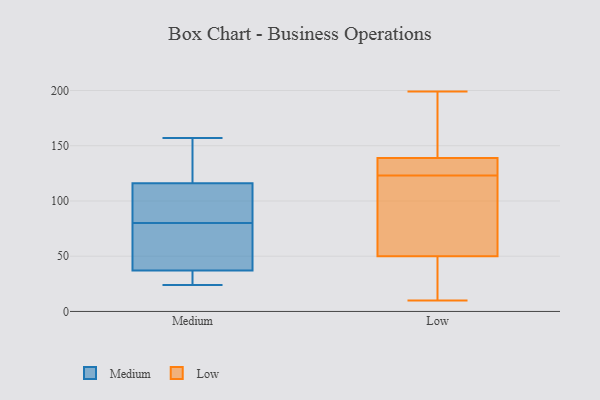
{"axis": {"x": "Inventory Turnover", "y": "Value"}, "legend": ["Low", "Medium"], "data": [{"x": "", "y": 72, "type": "Medium"}, {"x": "", "y": 116, "type": "Medium"}, {"x": "", "y": 157, "type": "Medium"}, {"x": "", "y": 107, "type": "Medium"}, {"x": "", "y": 59, "type": "Medium"}, {"x": "", "y": 34, "type": "Medium"}, {"x": "", "y": 88, "type": "Medium"}, {"x": "", "y": 129, "type": "Medium"}, {"x": "", "y": 24, "type": "Medium"}, {"x": "", "y": 37, "type": "Medium"}, {"x": "", "y": 130, "type": "Low"}, {"x": "", "y": 50, "type": "Low"}, {"x": "", "y": 162, "type": "Low"}, {"x": "", "y": 95, "type": "Low"}, {"x": "", "y": 121, "type": "Low"}, {"x": "", "y": 100, "type": "Low"}, {"x": "", "y": 41, "type": "Low"}, {"x": "", "y": 10, "type": "Low"}, {"x": "", "y": 125, "type": "Low"}, {"x": "", "y": 59, "type": "Low"}, {"x": "", "y": 42, "type": "Low"}, {"x": "", "y": 137, "type": "Low"}, {"x": "", "y": 175, "type": "Low"}, {"x": "", "y": 199, "type": "Low"}, {"x": "", "y": 139, "type": "Low"}, {"x": "", "y": 10, "type": "Low"}, {"x": "", "y": 132, "type": "Low"}, {"x": "", "y": 161, "type": "Low"}]}